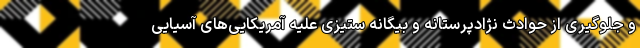
و جلوگیری از حوادث نژادپرستانه و بیگانه ستیزی علیه آمریکایی‌های آسیایی